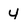
Character: 4